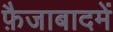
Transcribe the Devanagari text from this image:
फ़ैजाबादमें